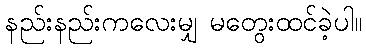
နည်းနည်းကလေးမျှ မတွေးထင်ခဲ့ပါ။